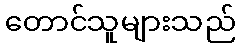
တောင်သူများသည်